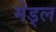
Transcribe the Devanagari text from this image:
मेड्ल